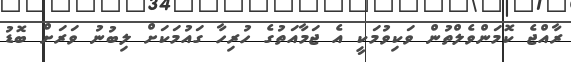
ރާއްޖެ ކޮމަންވެލްތުން ވަކިވުމަކީ އެ ޖަމާއަތުގެ ހުރިހާ ގައުމަކަށް ލިބުނު ވަރަށް ބޮޑު